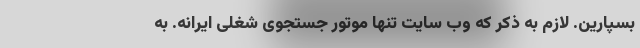
بسپارین. لازم به ذکر که وب سایت تنها موتور جستجوی شغلی ایرانه. به